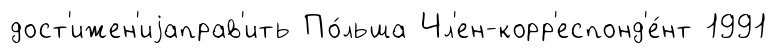
дост'ижен'иjаправ'ить По́льша Чл'ен-корр'еспонд'е́нт 1991